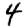
Digit: 4